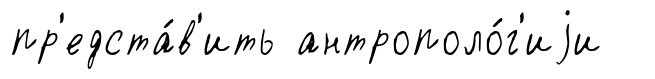
пр'едста́в'ить антрополо́г'иjи